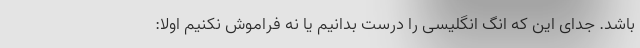
باشد. جدای این که انگ انگلیسی را درست بدانیم یا نه فراموش نکنیم اولا: